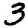
Digit: 3